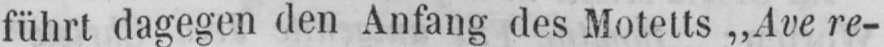
führt dagegen den Anfang des Motetts „Ave re-